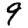
Digit: 9